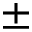
\pm